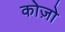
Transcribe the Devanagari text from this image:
कोज़ो